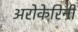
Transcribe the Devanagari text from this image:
अरोकेरिनी